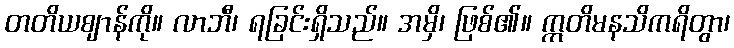
တတိယဈာန်ကို။ လာဘီ၊ ရခြင်းရှိသည်။ အမှိ၊ ဖြစ်၏။ ဣတိမနသိကရိတွာ၊